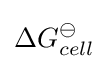
\Delta G_{cell}^{\ominus }